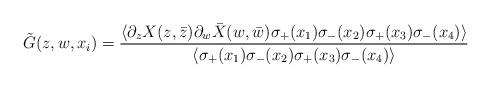
LaTeX: \begin{align*}\tilde{G}(z,w,x_i) = \frac{\langle \partial_z X(z,\bar{z}) \partial_w\bar{X}(w,\bar{w})\sigma_+(x_1) \sigma_-(x_2) \sigma_+(x_3) \sigma_-(x_4)\rangle}{\langle \sigma_+(x_1) \sigma_-(x_2) \sigma_+(x_3) \sigma_-(x_4)\rangle}\end{align*}